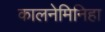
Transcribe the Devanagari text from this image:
कालनेमिनिहा